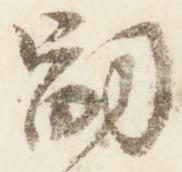
嗣